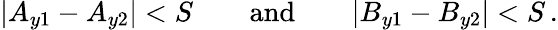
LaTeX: |A_{y1}-A_{y2}|<S\qquad\mathrm{and}\qquad|B_{y1}-B_{y2}|<S\, .